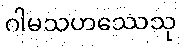
ဂါမသဟဿေသု